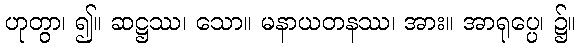
ဟုတွာ၊ ၍။ ဆဋ္ဌဿ၊ သော။ မနာယတနဿ၊ အား။ အာရုပ္ပေ၊ ၌။